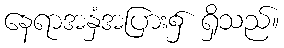
နေရာအနှံအပြား၌ ရှိသည်။